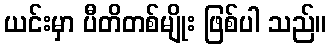
ယင်းမှာ ပီတိတစ်မျိုး ဖြစ်ပါ သည်။